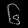
Digit: ၆